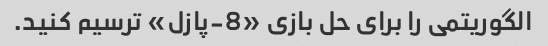
الگوریتمی را برای حل بازی «8-پازل» ترسیم کنید.